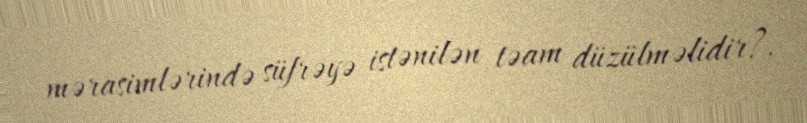
mərasimlərində süfrəyə istənilən təam düzülməlidir?.